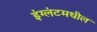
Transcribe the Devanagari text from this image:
इंग्लंटमधील